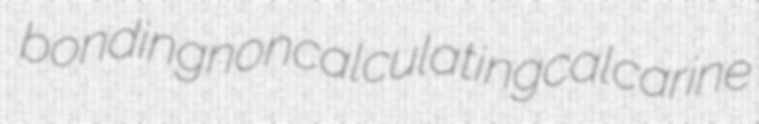
bonding noncalculating calcarine